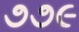
૭૭૯